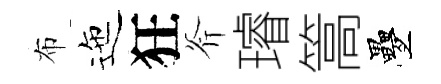
布迤狂斧璿篙疊